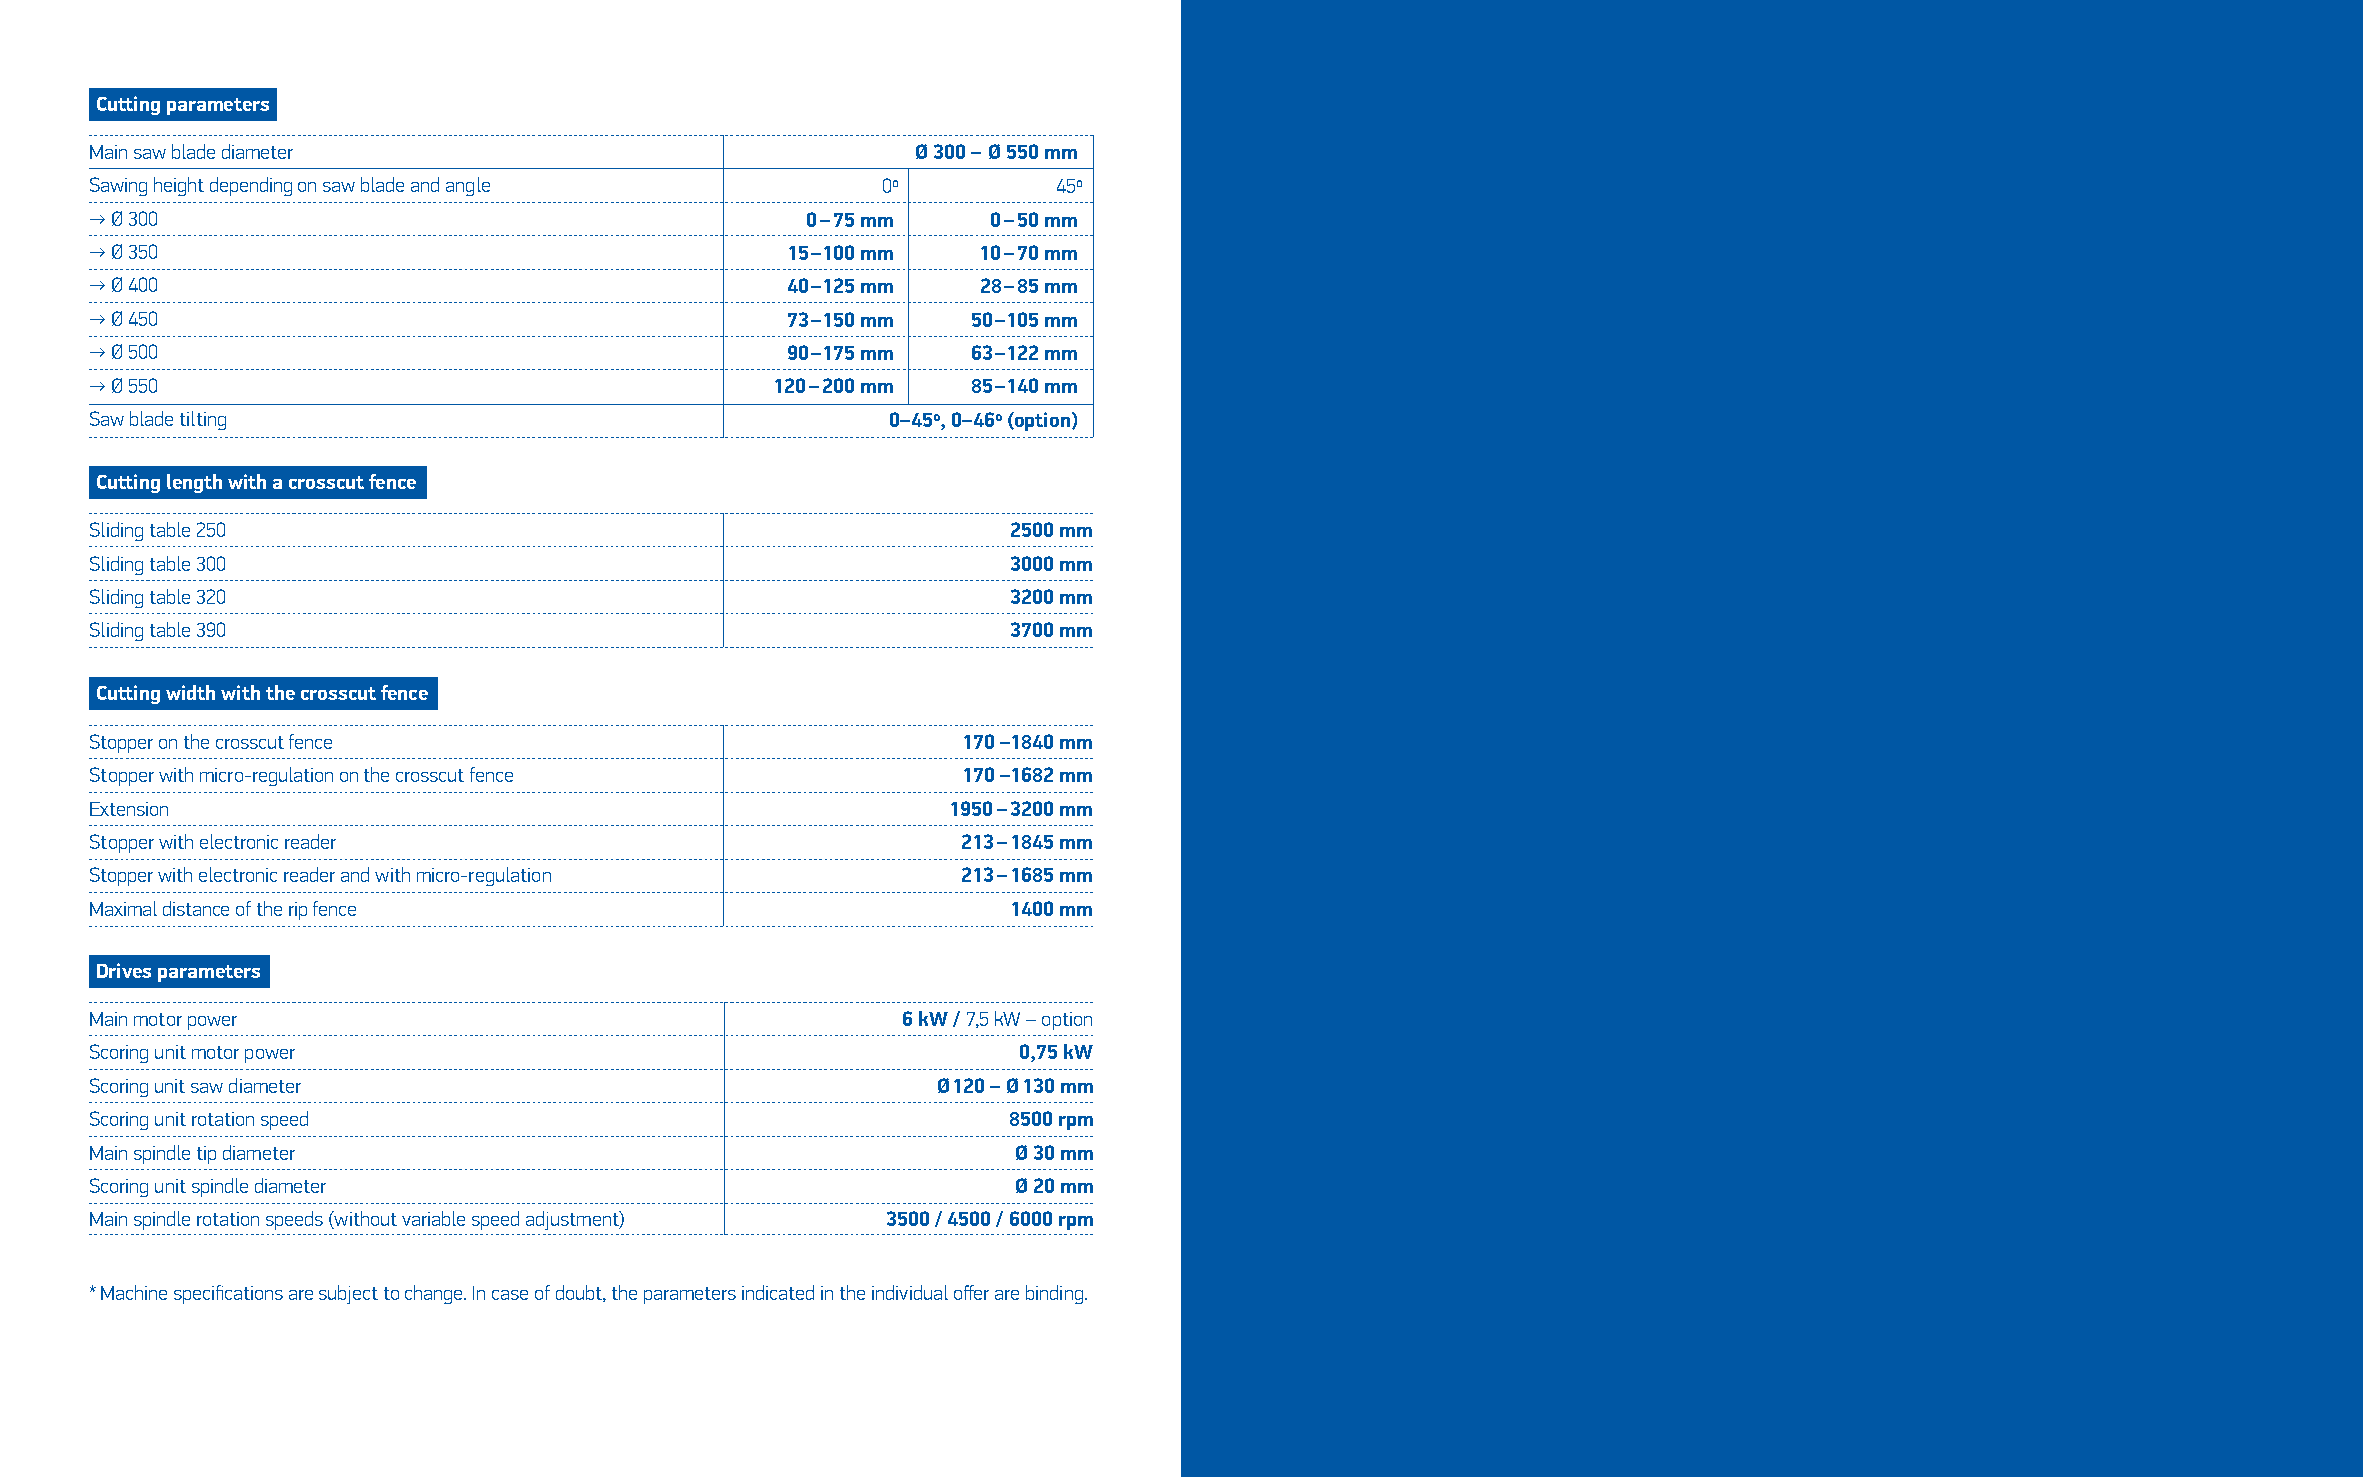
Cutting parameters
 Main saw blade diameter                                Ø 300 – Ø 550 mm
 Sawing height depending on saw blade and angle      0º          45º
 → Ø 300                                        0 – 75 mm    0 – 50 mm
 → Ø 350                                       15 –100 mm   10 – 70 mm
 → Ø 400                                       40 –125 mm   28 – 85 mm
 → Ø 450                                       73 –150 mm  50 –105 mm
 → Ø 500                                       90 –175 mm  63 –122 mm
 → Ø 550                                      120 – 200 mm 85 –140 mm
 Saw blade tilting                                    0–45o, 0–46o (option)
 Cutting length with a crosscut fence
 Sliding table 250                                            2500 mm
 Sliding table 300                                            3000 mm
 Sliding table 320                                            3200 mm
 Sliding table 390                                            3700 mm
 Cutting width with the crosscut fence
 Stopper on the crosscut fence                             170 –1840 mm
 Stopper with micro-regulation on the crosscut fence       170 –1682 mm
 Extension                                                1950 – 3200 mm
 Stopper with electronic reader                            213 – 1845 mm
 Stopper with electronic reader and with micro-regulation  213 – 1685 mm
 Maximal distance of the rip fence                            1400 mm
 Drives parameters
 Main motor power                                      6 kW / 7,5 kW – option
 Scoring unit motor power                                     0,75 kW
 Scoring unit saw diameter                               Ø 120 – Ø 130 mm
 Scoring unit rotation speed                                  8500 rpm
 Main spindle tip diameter                                    Ø 30 mm
 Scoring unit spindle diameter                                Ø 20 mm
 Main spindle rotation speeds (without variable speed adjustment) 3500 / 4500 / 6000 rpm
 * Machine specifications are subject to change. In case of doubt, the parameters indicated in the individual offer are binding.